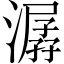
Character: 潺